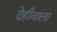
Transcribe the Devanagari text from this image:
देहीवाला